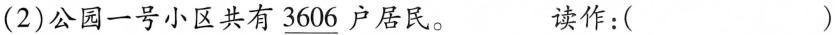
(2)公园一号小区共有\underline{3606}户居民。 读作：( )